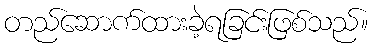
တည်ဆောက်ထားခဲ့ရခြင်းဖြစ်သည်။